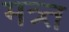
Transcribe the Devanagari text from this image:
मत्र्त